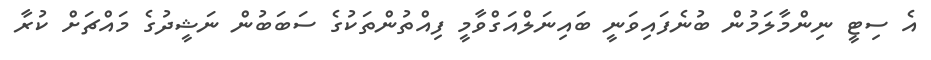
އެ ސިޓީ ނިންމާލަމުން ބުނެފައިވަނީ ބައިނަލްއަގްވާމީ ފިއްތުންތަކުގެ ސަބަބުން ނަޝީދުގެ މައްޗަށް ކުރާ